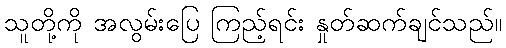
သူတို့ကို အလွမ်းပြေ ကြည့်ရင်း နှုတ်ဆက်ချင်သည်။